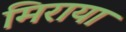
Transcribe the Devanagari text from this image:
मिराया